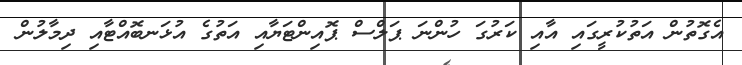
އެގޮތުން އަތުކުރީގައި އާއި ކަރުގަ ހުންނަ ޕަލްސް ޕޮއިންޓަޔާއި އަތުގެ އުޅަނބޮއްޓާއި ދިމާލުން